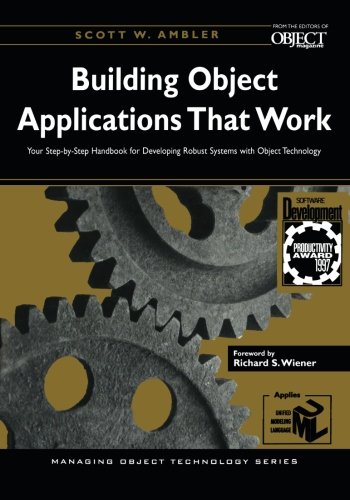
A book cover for Building Object Applications that Work: Your Step-by-Step Handbook for Developing Robust Systems with Object Technology (SIGS: Managing Object Technology); Scott W. Ambler; Computers & Technology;